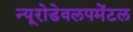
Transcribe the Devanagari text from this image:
न्यूरोडेवलपमेंटल